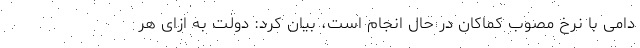
دامی با نرخ مصوب کماکان در حال انجام است، بیان کرد: دولت به ازای هر